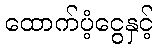
ထောက်ပံ့ငွေနှင့်